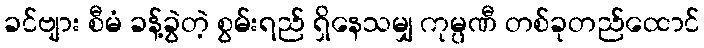
ခင်ဗျား စီမံ ခန့်ခွဲတဲ့ စွမ်းရည် ရှိနေသမျှ ကုမ္ပဏီ တစ်ခုတည်ထောင်